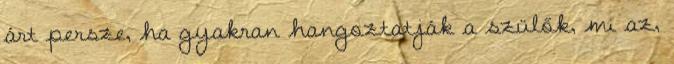
árt persze, ha gyakran hangoztatják a szülők, mi az,